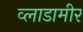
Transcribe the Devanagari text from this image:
व्लाडामीर